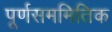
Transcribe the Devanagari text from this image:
पूर्णसममितिक